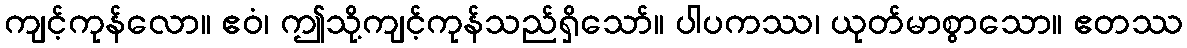
ကျင့်ကုန်လော။ ဧဝံ၊ ဤသို့ကျင့်ကုန်သည်ရှိသော်။ ပါပကဿ၊ ယုတ်မာစွာသော။ ဧတဿ